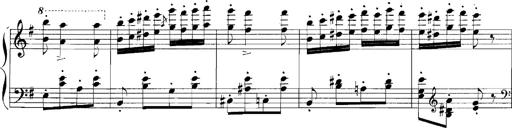
Title: Rhapsodies hongroises
Composer: Franz Liszt